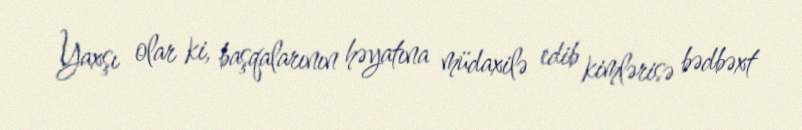
Yaxşı olar ki, başqalarının həyatına müdaxilə edib kimlərisə bədbəxt